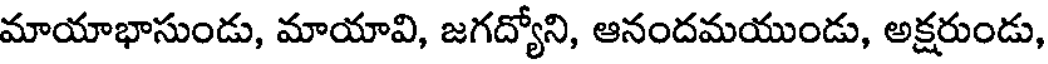
మాయాభాసుండు, మాయావి, జగద్యోని, ఆనందమయుండు, అక్షరుండు,